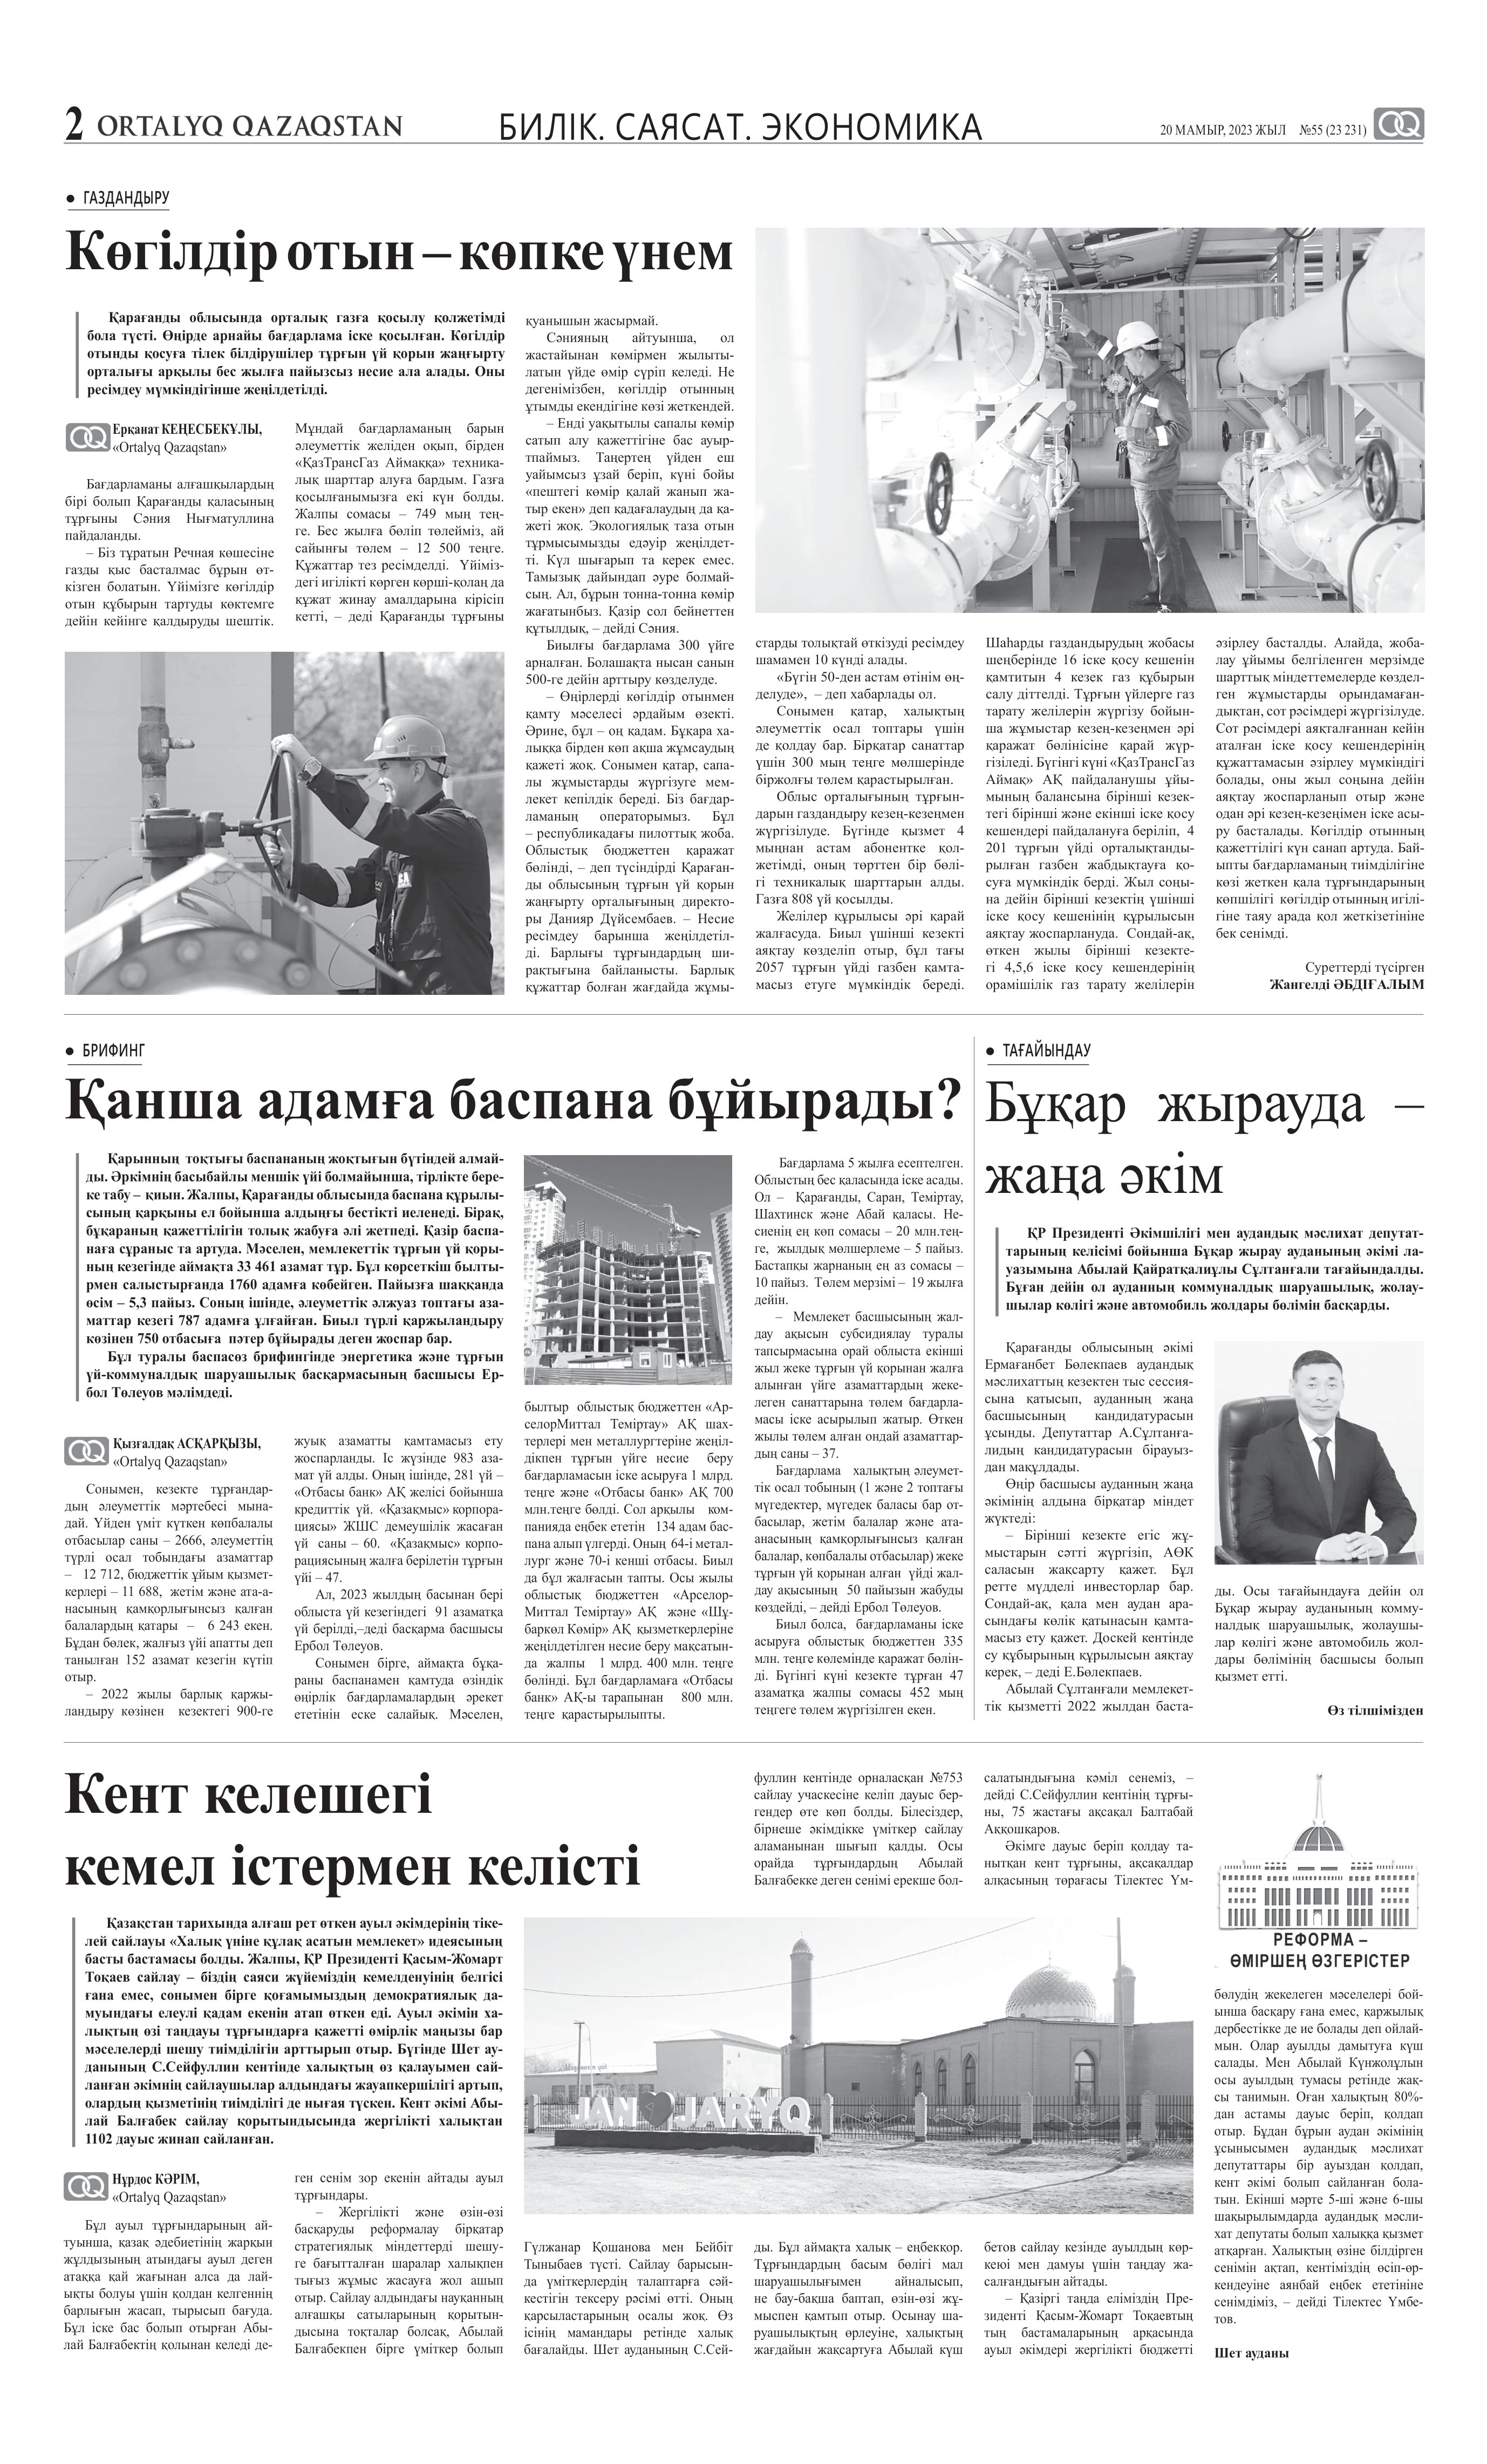
Language: kk